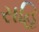
સહિ